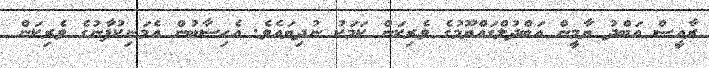
ރާއީސް އަބްދު ޔާމީން އަބްދުލްގައްޔޫމުގެ ވެރިކަން ކަމަކު ނުދިޔައެވެ. އެހިސާބުން އެމަނިކުފާނުގެ ވެރިކަން